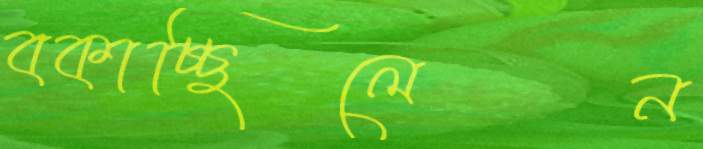
বকাচ্ছিলেন